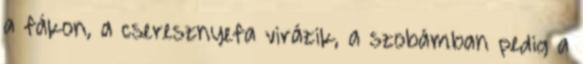
a fákon, a cseresznyefa virázik, a szobámban pedig a